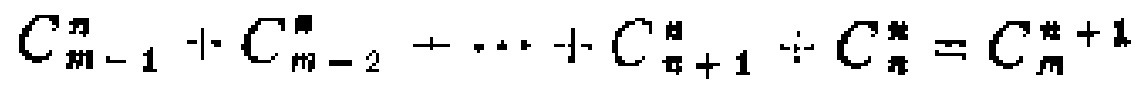
\(C_{m - 1}^{n}+C_{m - 2}^{n}+\cdots +C_{n + 1}^{n}+C_{n}^{n}=C_{m}^{n + 1}\)